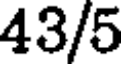
43/5